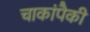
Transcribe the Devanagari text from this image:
चाकांपैकी